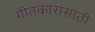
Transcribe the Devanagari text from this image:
गीतकारांसाठी